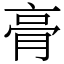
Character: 𮌔